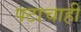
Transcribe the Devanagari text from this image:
पटाचाही